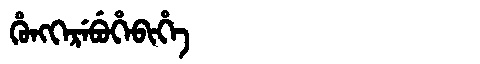
Manchu: ᡥᡠᠩᡴᡝᡵᡝᠪᡠᡥᡝᠪᡳᡥᡝ
Romanization: HUNGKEREBUHEBIHE